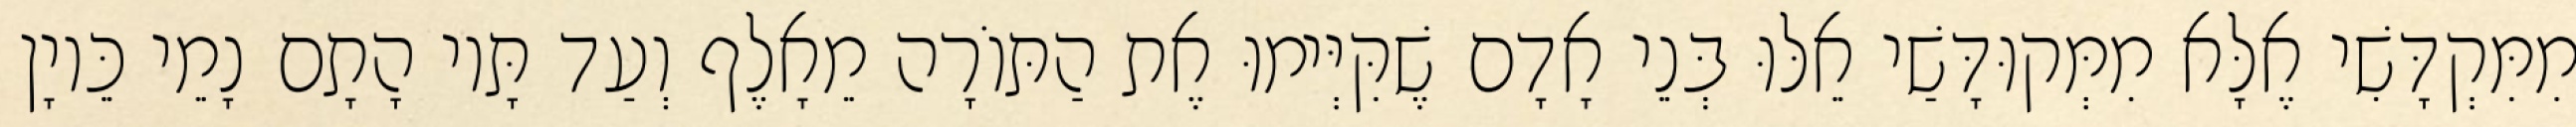
מִמִּקְדָּשִׁי אֶלָּא מִמְּקוּדָּשַׁי אֵלּוּ בְּנֵי אָדָם שֶׁקִּיְּימוּ אֶת הַתּוֹרָה מֵאָלֶף וְעַד תָּיו הָתָם נָמֵי כֵּיוָן